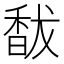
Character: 馛